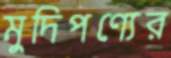
মুদিপণ্যের